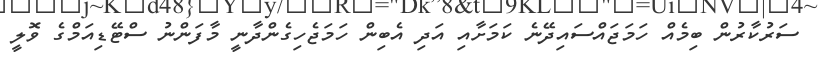
ސަރުކާރުން ބިމެއް ހަމަޖައްސައިދޭނެ ކަމަށާއި އަދި އެބިން ހަމަޖެހިގެންދާނީ މާފަންނު ސްޓޭޑިއަމްގެ ވޮލީ